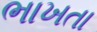
ભાખતા